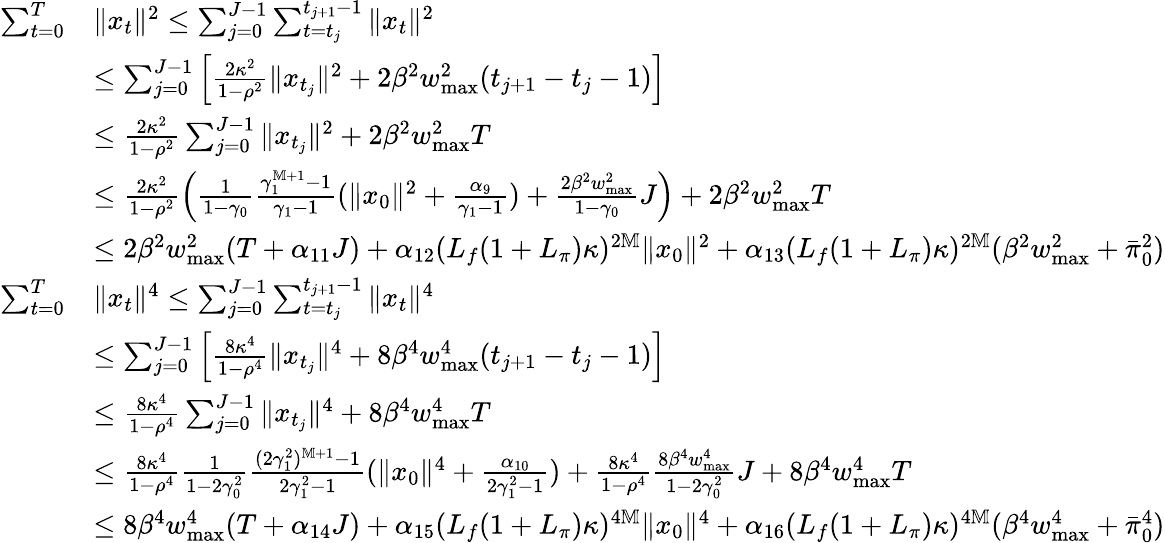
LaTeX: \begin{array}{rl}{\sum_{t=0}^{T}}&{\| x_{t}\| ^{2}\leq\sum_{j=0}^{J-1}\sum_{t=t_{j}}^{t_{j+1}-1}\| x_{t}\| ^{2}}\\ &{\leq\sum_{j=0}^{J-1}\left[\frac{2\kappa^{2}}{1-\rho^{2}}\| x_{t_{j}}\| ^{2}+2\beta^{2}w_{\operatorname*{max}}^{2}(t_{j+1}-t_{j}-1)\right]}\\ &{\leq\frac{2\kappa^{2}}{1-\rho^{2}}\sum_{j=0}^{J-1}\| x_{t_{j}}\| ^{2}+2\beta^{2}w_{\operatorname*{max}}^{2}T}\\ &{\leq\frac{2\kappa^{2}}{1-\rho^{2}}\left(\frac{1}{1-\gamma_{0}}\frac{\gamma_{1}^{\mathbb M+1}-1}{\gamma_{1}-1}(\| x_{0}\| ^{2}+\frac{\alpha_{9}}{\gamma_{1}-1})+\frac{2\beta^{2}w_{\operatorname*{max}}^{2}}{1-\gamma_{0}}J\right)+2\beta^{2}w_{\operatorname*{max}}^{2}T}\\ &{\leq 2\beta^{2}w_{\operatorname*{max}}^{2}(T+\alpha_{11}J)+\alpha_{12}(L_{f}(1+L_{\pi})\kappa)^{2\mathbb M}\| x_{0}\| ^{2}+\alpha_{13}(L_{f}(1+L_{\pi})\kappa)^{2\mathbb M}(\beta^{2}w_{\operatorname*{max}}^{2}+\bar{\pi}_{0}^{2})}\\ {\sum_{t=0}^{T}}&{\| x_{t}\| ^{4}\leq\sum_{j=0}^{J-1}\sum_{t=t_{j}}^{t_{j+1}-1}\| x_{t}\| ^{4}}\\ &{\leq\sum_{j=0}^{J-1}\left[\frac{8\kappa^{4}}{1-\rho^{4}}\| x_{t_{j}}\| ^{4}+8\beta^{4}w_{\operatorname*{max}}^{4}(t_{j+1}-t_{j}-1)\right]}\\ &{\leq\frac{8\kappa^{4}}{1-\rho^{4}}\sum_{j=0}^{J-1}\| x_{t_{j}}\| ^{4}+8\beta^{4}w_{\operatorname*{max}}^{4}T}\\ &{\leq\frac{8\kappa^{4}}{1-\rho^{4}}\frac{1}{1-2\gamma_{0}^{2}}\frac{(2\gamma_{1}^{2})^{\mathbb M+1}-1}{2\gamma_{1}^{2}-1}(\| x_{0}\| ^{4}+\frac{\alpha_{10}}{2\gamma_{1}^{2}-1})+\frac{8\kappa^{4}}{1-\rho^{4}}\frac{8\beta^{4}w_{\operatorname*{max}}^{4}}{1-2\gamma_{0}^{2}}J+8\beta^{4}w_{\operatorname*{max}}^{4}T}\\ &{\leq 8\beta^{4}w_{\operatorname*{max}}^{4}(T+\alpha_{14}J)+\alpha_{15}(L_{f}(1+L_{\pi})\kappa)^{4\mathbb M}\| x_{0}\| ^{4}+\alpha_{16}(L_{f}(1+L_{\pi})\kappa)^{4\mathbb M}(\beta^{4}w_{\operatorname*{max}}^{4}+\bar{\pi}_{0}^{4})}\end{array}